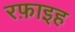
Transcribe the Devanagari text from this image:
रफ़ाइह